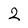
Character: 2